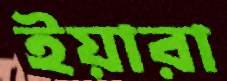
ইয়ারা